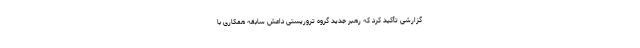
گزارشی تأکید کرد که رهبر جدید گروه تروریستی داعش سابقه همکاری با